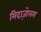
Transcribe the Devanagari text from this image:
मिदाज़ोलम